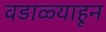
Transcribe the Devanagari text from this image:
वडाळ्याहून